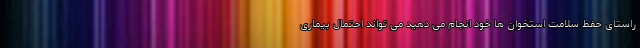
راستای حفظ سلامت استخوان ها خود انجام می دهید می تواند احتمال بیماری